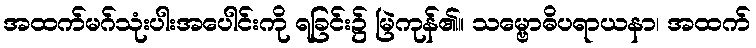
အထက်မဂ်သုံးပါးအပေါင်းကို ရခြင်း၌ မြဲကုန်၏။ သမ္ဗောဓိပရာယနာ၊ အထက်